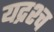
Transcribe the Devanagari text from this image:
यद्रश्च